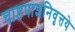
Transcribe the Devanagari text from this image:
चाष्टपाशनिवृत्तये